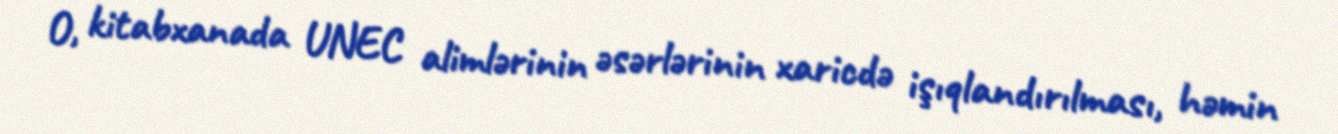
O, kitabxanada UNEC alimlərinin əsərlərinin xaricdə işıqlandırılması, həmin